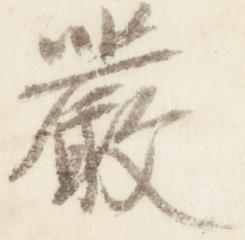
厳